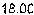
18.00